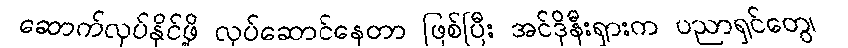
ဆောက်လုပ်နိုင်ဖို့ လုပ်ဆောင်နေတာ ဖြစ်ပြီး အင်ဒိုနီးရှားက ပညာရှင်တွေ၊